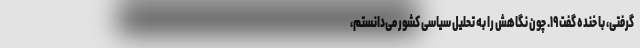
گرفتی، با خنده گفت ۱۹. چون نگاهش را به تحلیل سیاسی کشور می‌دانستم،